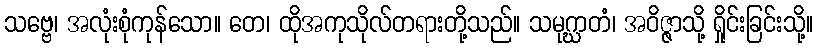
သဗ္ဗေ၊ အလုံးစုံကုန်သော။ တေ၊ ထိုအကုသိုလ်တရားတို့သည်။ သမုဂ္ဃာတံ၊ အဝိဇ္ဇာသို့ ရှိုင်းခြင်းသို့။